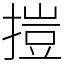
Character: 㨟